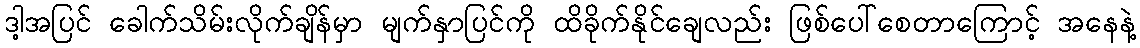
ဒါ့အပြင် ခေါက်သိမ်းလိုက်ချိန်မှာ မျက်နှာပြင်ကို ထိခိုက်နိုင်ချေလည်း ဖြစ်ပေါ်စေတာကြောင့် အနေနဲ့